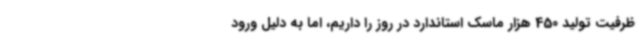
ظرفیت تولید 450 هزار ماسک استاندارد در روز را داریم، اما به دلیل ورود